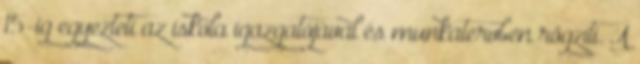
15-ig egyezteti az iskola igazgatójával és munkatervben rögzíti. A